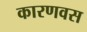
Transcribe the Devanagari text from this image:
कारणवस